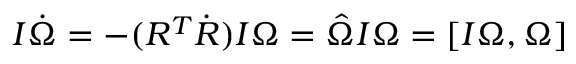
I \dot { \boldsymbol \Omega } = - ( R ^ { T } \dot { R } ) I { \boldsymbol \Omega } = \hat { \Omega } I { \boldsymbol \Omega } = [ I { \boldsymbol \Omega } , { \boldsymbol \Omega } ]